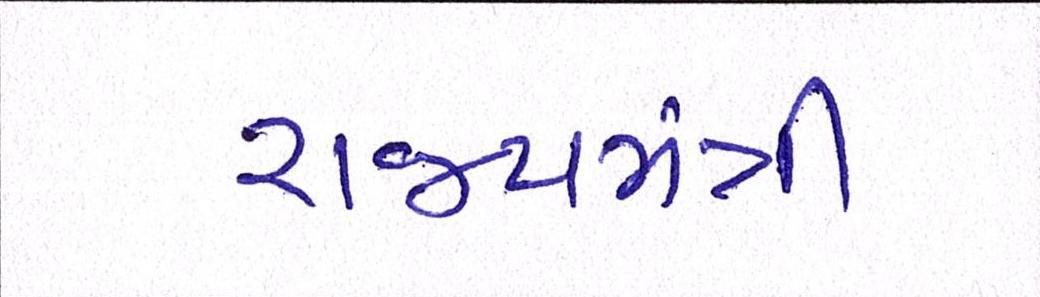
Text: રાજ્યમંત્રી